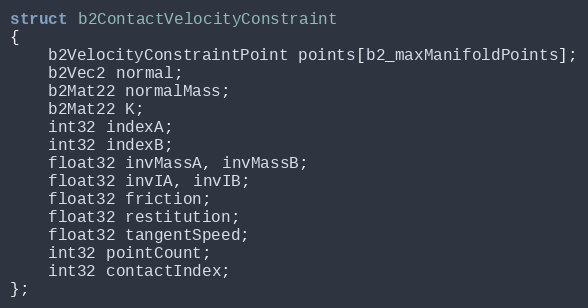
Language: C
struct b2ContactVelocityConstraint
{
	b2VelocityConstraintPoint points[b2_maxManifoldPoints];
	b2Vec2 normal;
	b2Mat22 normalMass;
	b2Mat22 K;
	int32 indexA;
	int32 indexB;
	float32 invMassA, invMassB;
	float32 invIA, invIB;
	float32 friction;
	float32 restitution;
	float32 tangentSpeed;
	int32 pointCount;
	int32 contactIndex;
};